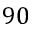
9 0